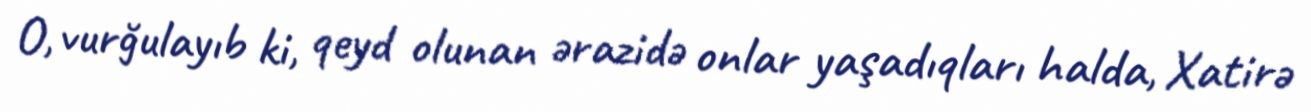
O, vurğulayıb ki, qeyd olunan ərazidə onlar yaşadıqları halda, Xatirə